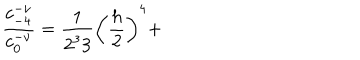
\frac { c _ { - 4 } ^ { - \nu } } { c _ { 0 } ^ { - \nu } } = \frac 1 { 2 ^ { 3 } 3 } \left( \frac h 2 \right) ^ { 4 } +